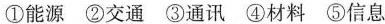
①能源 ②交通 ③通讯 ④材料 ⑤信息